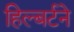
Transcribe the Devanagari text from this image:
हिल्बर्टने